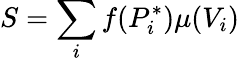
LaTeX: S=\sum_{i}f(P_{i}^{*})\mu(V_{i})